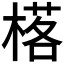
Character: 𱣿